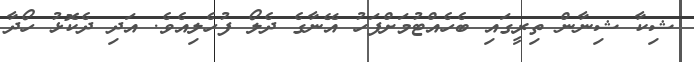
ޝިކާ ޝިނާން ތިރީގައި ބެހެއްޓުމަށްފަހު އޭނާގެ ދެލޯ ފުހެލިއެވެ. އަދި ދެކޮޅު ހޯދާ